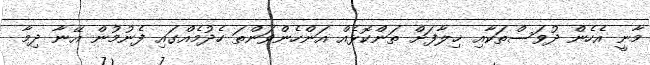
މާނީ އެހެން ދުވަސްތަކާއި ޚިލާފަށް ތަންކޮޅެއް އަންހެންވަންތަ ހެދުމެއްގައި ފެނުމުން އޭނާ ދިމާ